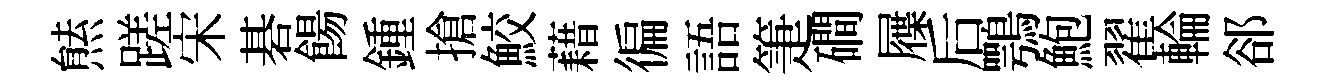
㷱蹉宋碁餳鍾搶鮫藉徧語箑磵屧后鶚鮑翟輪郤